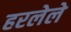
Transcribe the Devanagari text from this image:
हरलेले